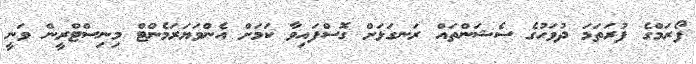
ފޯރަމްގެ ފުރަތަމަ ދުވަހުގެ ސެޝަންތައް ރަނގަޅަށް ގޮސްފައިވާ ކަމަށް އެންވަޔަރަމެންޓް މިނިސްޓްރީން ވަނީ